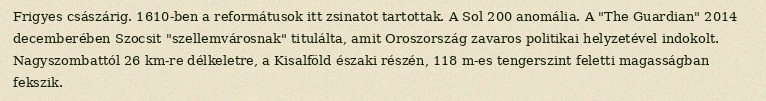
Frigyes császárig. 1610-ben a reformátusok itt zsinatot tartottak. A Sol 200 anomália. A "The Guardian" 2014 decemberében Szocsit "szellemvárosnak" titulálta, amit Oroszország zavaros politikai helyzetével indokolt. Nagyszombattól 26 km-re délkeletre, a Kisalföld északi részén, 118 m-es tengerszint feletti magasságban fekszik.